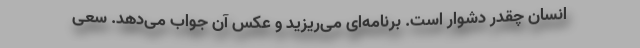
انسان چقدر دشوار است. برنامه‌ای می‌ریزید و عکس آن جواب می‌دهد. سعی